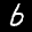
Label: 6